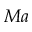
M a